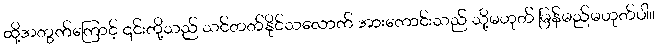
ထို့အတွက်ကြောင့် ၎င်းတို့သည် သင်တတ်နိုင်သလောက် အားကောင်းသည် သို့မဟုတ် မြန်မည်မဟုတ်ပါ။